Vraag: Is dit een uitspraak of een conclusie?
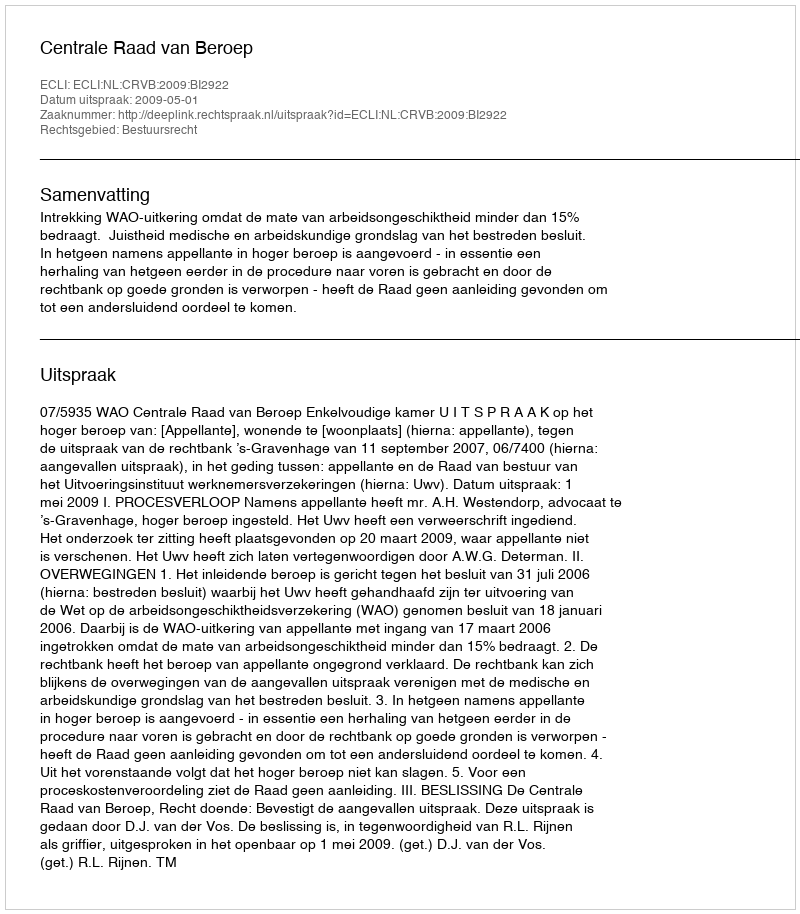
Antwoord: Uitspraak